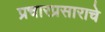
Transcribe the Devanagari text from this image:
प्रचारप्रसाराचे